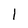
Character: 1